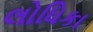
લોધિકા